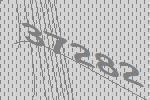
37282